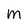
Character: m